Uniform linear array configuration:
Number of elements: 64
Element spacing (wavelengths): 0.5
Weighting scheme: hann
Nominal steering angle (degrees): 15
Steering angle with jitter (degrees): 15.938
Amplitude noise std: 0.05
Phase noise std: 0.05

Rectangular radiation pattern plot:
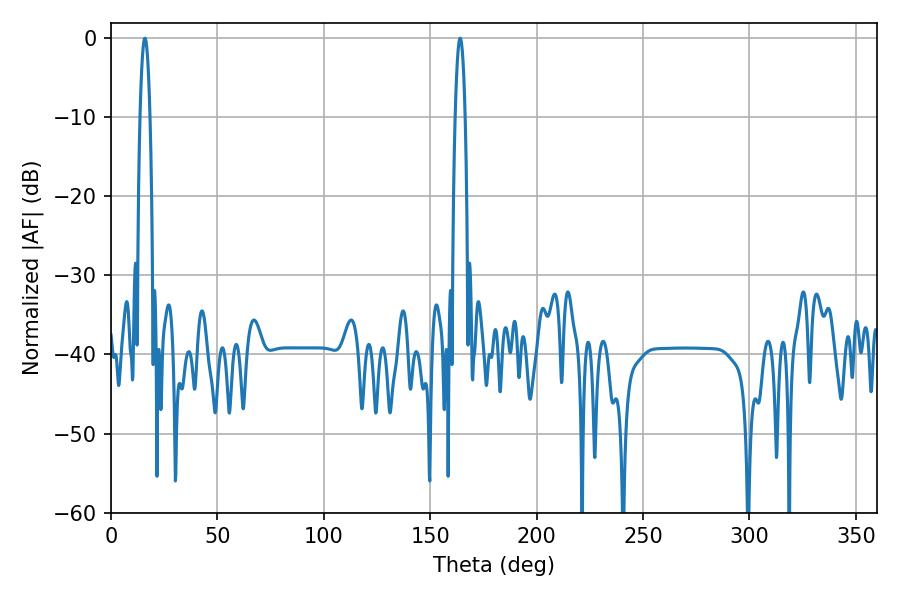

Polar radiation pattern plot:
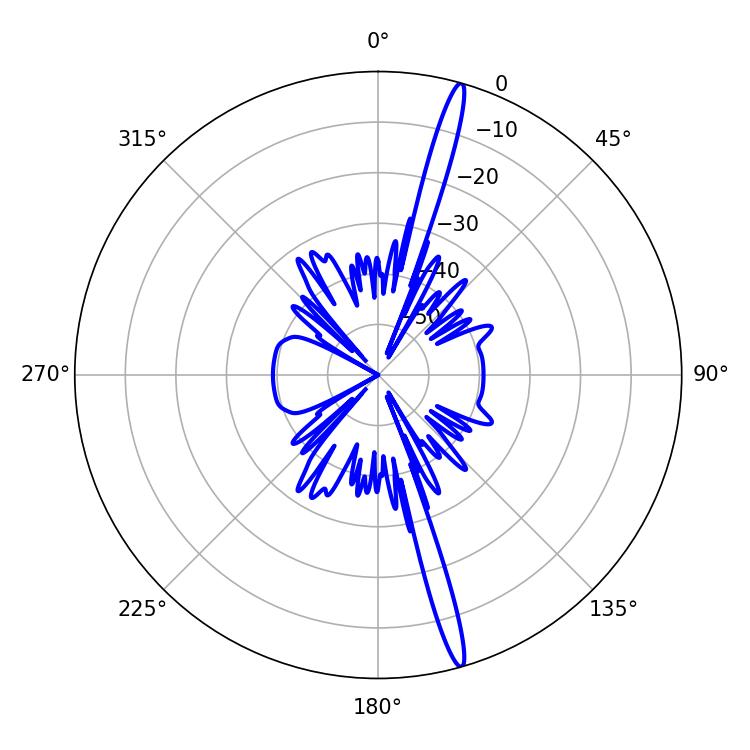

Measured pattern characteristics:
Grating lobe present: FALSE
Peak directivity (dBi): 18.687
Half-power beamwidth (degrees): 2.52
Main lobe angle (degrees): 16.02